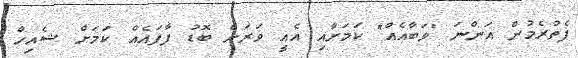
ފެތުރެމުން އަންނަ "ވަބާއެއް" ކަމަށާއި އެއީ ވަރަށް ބޮޑު ފާފައެއް ކަމަށް ޝެއިހް